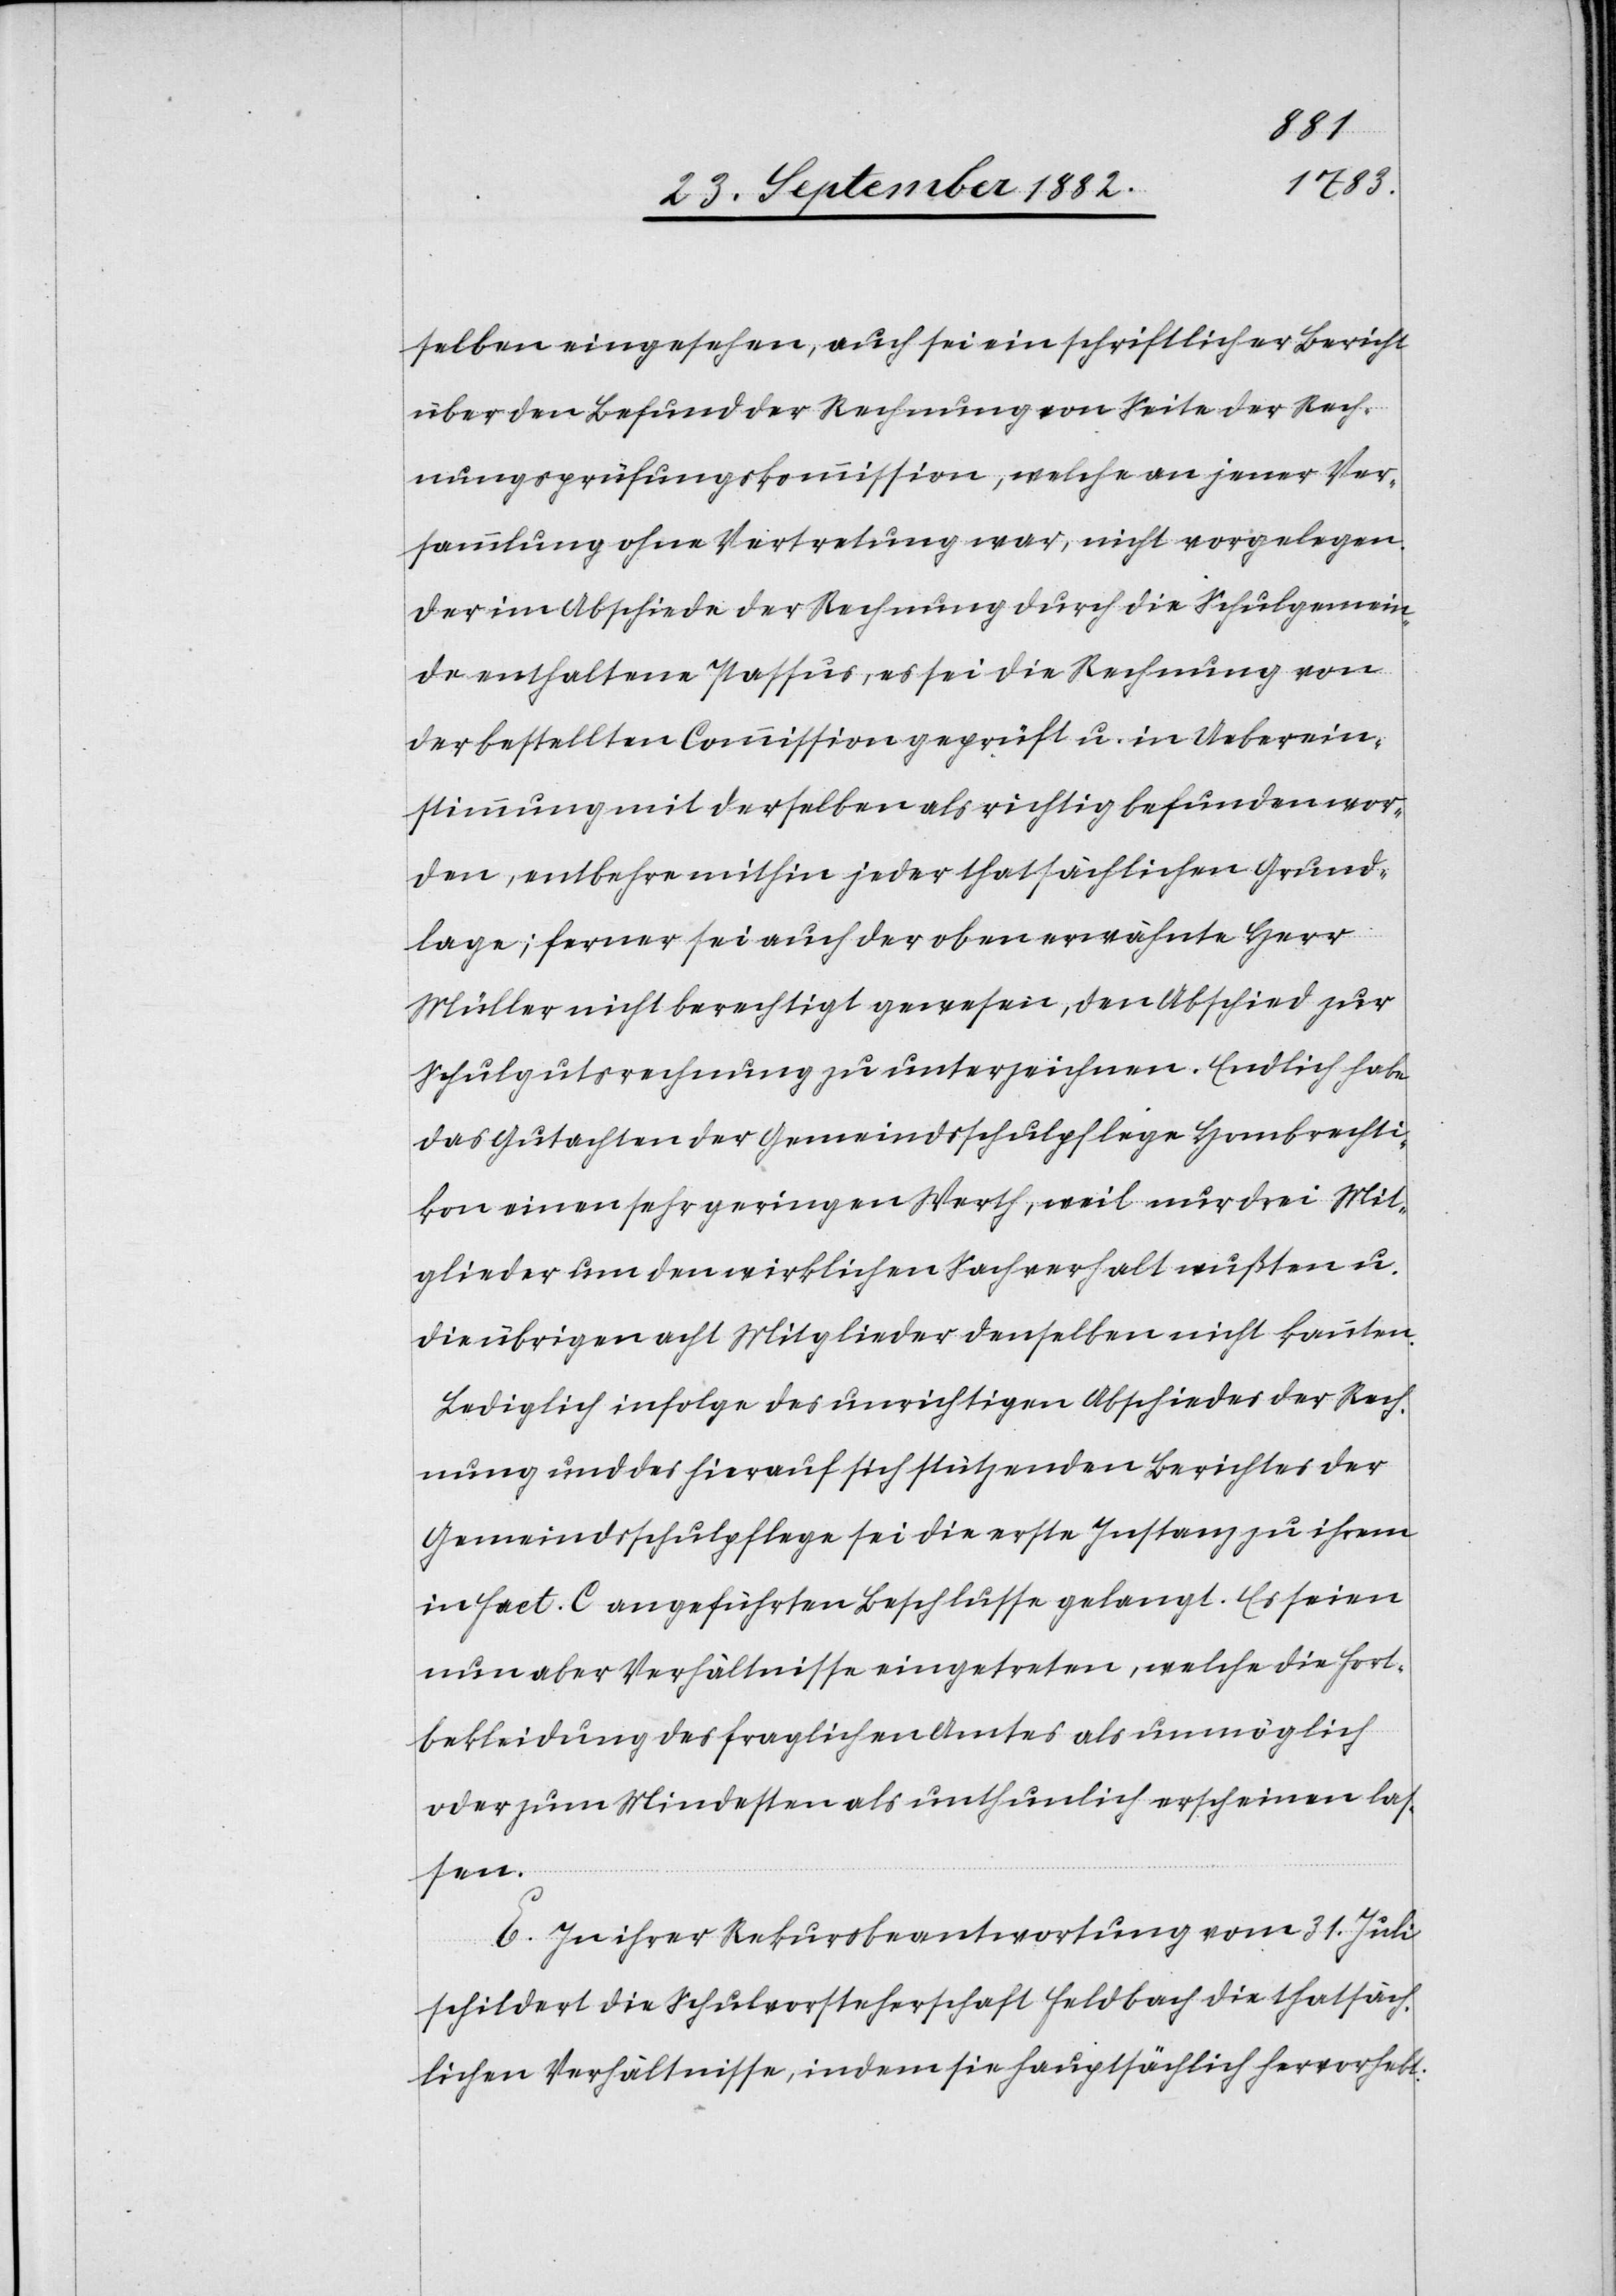
selben eingesehen, auch sei ein schriftlicher Bericht
über den Befund der Rechnung von Seite der Rech¬
nungsprüfungskommission, welche an jener Ver¬
sammlung ohne Vertretung war, nicht vorgelegen.
Der im Abschiede der Rechnung durch die Schulgemein¬
de enthaltene Passus, es sei die Rechnung von
der bestellten Commission geprüft u. in Ueberein¬
stimmung mit derselben als richtig befunden wor¬
den, entbehre mithin jeder thatsächlichen Grund¬
lage; ferner sei auch der oben erwähnte Herr
Müller nicht berechtigt gewesen, den Abschied zur
Schulgutsrechnung zu unterzeichnen. Endlich habe
das Gutachten der Gemeindsschulpflege Hombrechti¬
kon einen sehr geringen Werth, weil nur drei Mit¬
glieder um den wirklichen Sachverhalt wußten u.
die übrigen acht Mitglieder denselben nicht kannten.
Lediglich infolge des unrichtigen Abschiedes der Rech¬
nung und des hierauf sich stützenden Berichtes der
Gemeindsschulpflege sei die erste Instanz zu ihrem
in Fact. C angeführten Beschlusse gelangt. Es seien
nun aber Verhältnisse eingetreten, welche die Fort¬
bekleidung des fraglichen Amtes als unmöglich
oder zum Mindesten als unthunlich erscheinen las¬
sen.
E. In ihrer Rekursbeantwortung vom 31. Juli
schildert die Schulvorsteherschaft Feldbach die thatsäch¬
lichen Verhältnisse, indem sie hauptsächlich hervorhebt: